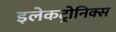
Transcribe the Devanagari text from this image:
इलेकट्रोनिक्स